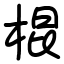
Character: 棍